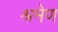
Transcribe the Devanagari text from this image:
श्रमेण